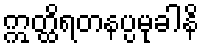
ဣတ္ထိရတနပ္ပမုခါနိ